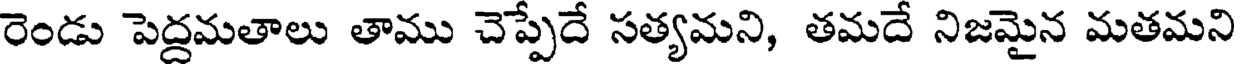
రెండు పెద్దమతాలు తాము చెప్పేదే సత్యమని, తమదే నిజమైన మతమని